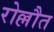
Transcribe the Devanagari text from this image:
रोल्लौत